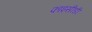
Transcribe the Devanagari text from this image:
फाइसीडी